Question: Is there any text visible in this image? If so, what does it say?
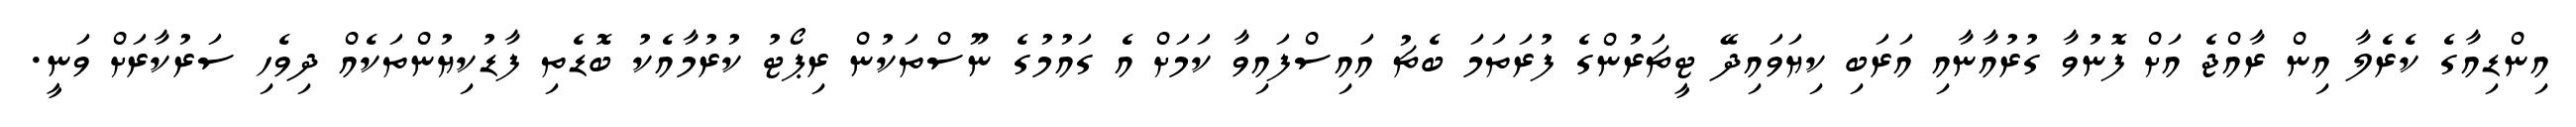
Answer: އިންޑިއާގެ ކެރެލާ އިން ރާއްޖެ އަށް ފޮނުވާ ގުރުއާނާއި އަރަބި ކިޔަވައިދޭ ޓީޗަރުންގެ ފުރަތަމަ ބެޗު އައިސްފައިވާ ކަމަށް އެ ގައުމުގެ ނޫސްތަކުން ރިޕޯޓު ކުރުމާއެކު ބޮޑެތި ފާޑުކިޔުންތަކެއް ދިވެހި ސަރުކާރަށް ވަނީ.